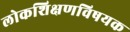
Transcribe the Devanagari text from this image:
लोकशिक्षणविषयक